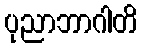
ပုညာဘာဂါတိ